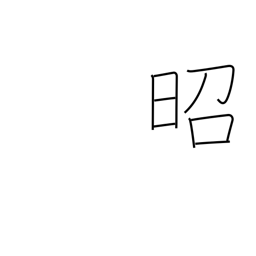
Meaning: shining